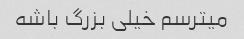
میترسم خیلی بزرگ باشه